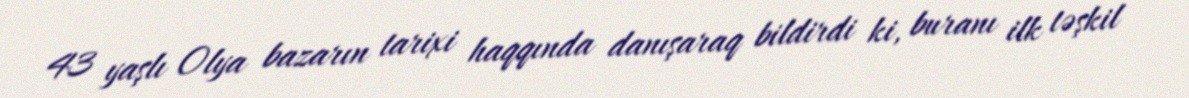
43 yaşlı Olya bazarın tarixi haqqında danışaraq bildirdi ki, buranı ilk təşkil